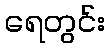
ရေတွင်း